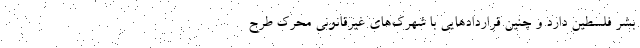
بشر فلسطین دارد و چنین قراردادهایی با شهرک‌های غیرقانونی محرک طرح